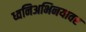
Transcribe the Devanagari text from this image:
ध्वनिअभिनयावर